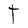
Character: T